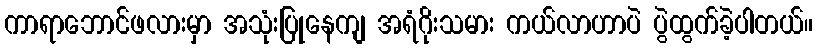
ကာရာဘောင်ဖလားမှာ အသုံးပြုနေကျ အရံဂိုးသမား ကယ်လာဟာပဲ ပွဲထွက်ခဲ့ပါတယ်။